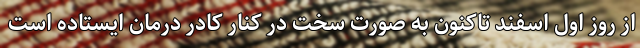
از روز اول اسفند تاکنون به صورت سخت در کنار کادر درمان ایستاده است